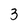
Character: 3